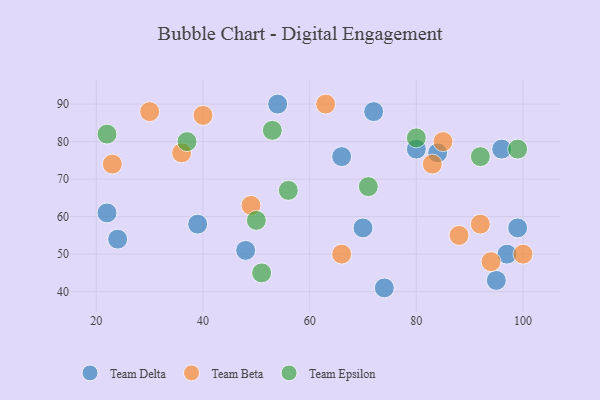
{"axis": {"x": "GDP", "y": "Life Expectancy"}, "legend": ["Team Beta", "Team Delta", "Team Epsilon"], "data": [{"x": "22", "y": 61, "type": "Team Delta"}, {"x": "70", "y": 57, "type": "Team Delta"}, {"x": "84", "y": 77, "type": "Team Delta"}, {"x": "54", "y": 90, "type": "Team Delta"}, {"x": "24", "y": 54, "type": "Team Delta"}, {"x": "74", "y": 41, "type": "Team Delta"}, {"x": "96", "y": 78, "type": "Team Delta"}, {"x": "39", "y": 58, "type": "Team Delta"}, {"x": "80", "y": 78, "type": "Team Delta"}, {"x": "48", "y": 51, "type": "Team Delta"}, {"x": "72", "y": 88, "type": "Team Delta"}, {"x": "66", "y": 76, "type": "Team Delta"}, {"x": "99", "y": 57, "type": "Team Delta"}, {"x": "95", "y": 43, "type": "Team Delta"}, {"x": "97", "y": 50, "type": "Team Delta"}, {"x": "100", "y": 50, "type": "Team Beta"}, {"x": "63", "y": 90, "type": "Team Beta"}, {"x": "85", "y": 80, "type": "Team Beta"}, {"x": "88", "y": 55, "type": "Team Beta"}, {"x": "94", "y": 48, "type": "Team Beta"}, {"x": "66", "y": 50, "type": "Team Beta"}, {"x": "36", "y": 77, "type": "Team Beta"}, {"x": "40", "y": 87, "type": "Team Beta"}, {"x": "23", "y": 74, "type": "Team Beta"}, {"x": "83", "y": 74, "type": "Team Beta"}, {"x": "49", "y": 63, "type": "Team Beta"}, {"x": "30", "y": 88, "type": "Team Beta"}, {"x": "92", "y": 58, "type": "Team Beta"}, {"x": "22", "y": 82, "type": "Team Epsilon"}, {"x": "37", "y": 80, "type": "Team Epsilon"}, {"x": "56", "y": 67, "type": "Team Epsilon"}, {"x": "51", "y": 45, "type": "Team Epsilon"}, {"x": "80", "y": 81, "type": "Team Epsilon"}, {"x": "50", "y": 59, "type": "Team Epsilon"}, {"x": "71", "y": 68, "type": "Team Epsilon"}, {"x": "53", "y": 83, "type": "Team Epsilon"}, {"x": "99", "y": 78, "type": "Team Epsilon"}, {"x": "92", "y": 76, "type": "Team Epsilon"}]}